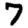
Digit: 7